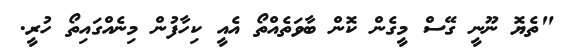
"ތެޔޮ ނޫނީ ގޭސް މީގެން ކޮން ބާވަތެއްތޯ އެއީ ކިހާފުން މިނެއްގައިތޯ ހުރީ.